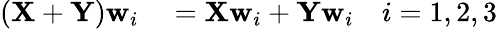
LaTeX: \begin{array}{rl}{\left(\mathbf{X}+\mathbf{Y}\right)\mathbf{w}_{i}}&{{}=\mathbf{X}\mathbf{w}_{i}+\mathbf{Y}\mathbf{w}_{i}\quad i={1,2,3}}\end{array}